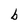
Character: b